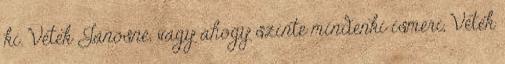
ki. Vétek Jánosné, vagy ahogy szinte mindenki ismeri, Vétek